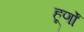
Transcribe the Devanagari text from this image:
हूर्णों